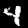
Digit: 4